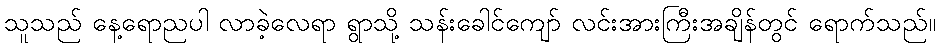
သူသည် နေ့ရောညပါ လာခဲ့လေရာ ရွာသို့ သန်းခေါင်ကျော် လင်းအားကြီးအချိန်တွင် ရောက်သည်။